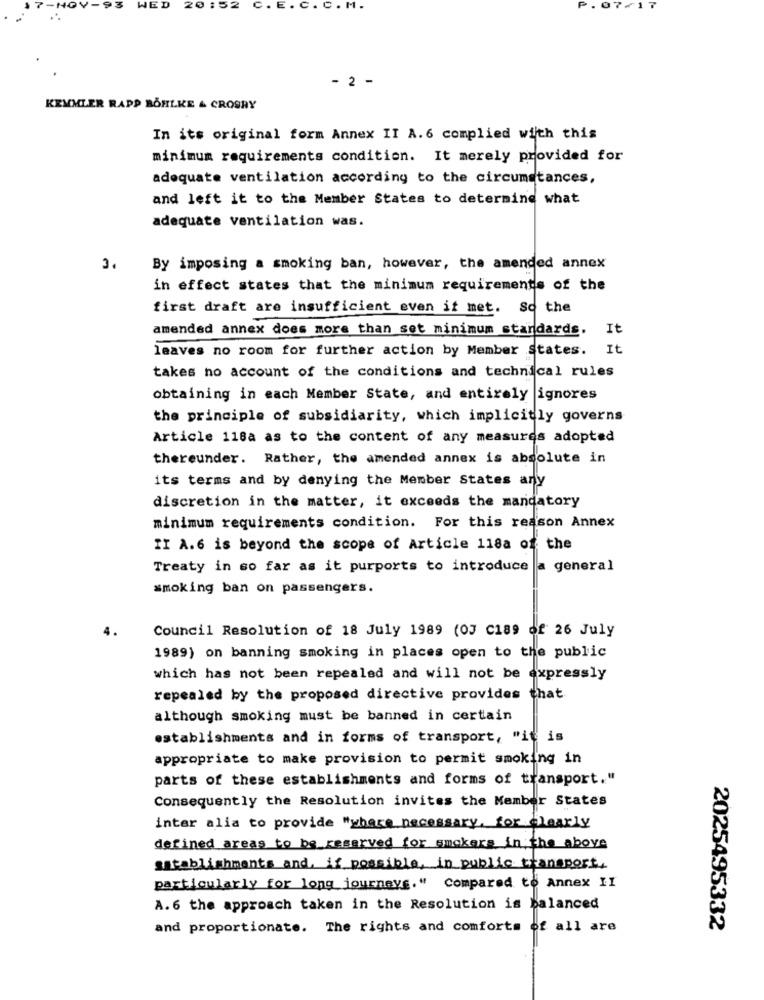
VED
0 :52
C. E
C. C . M .
077
- 2 -
KEMMLER RAPP BOHLKE & CROORY
In its original form Annex II A.6 complied with this
minimum requirements condition. It merely provided for
adequate ventilation according to the circumstances,
and left it to the Member States to determine what
adequate ventilation was.
3.
By imposing a smoking ban, however, the amended annex
in effect states that the minimum requirements of the
first draft are insufficient even it met. So the
amended annex does more than set minimum standards. It
leaves no room for further action by Member States. It
takes no account of the conditions and technical rules
obtaining in each Member State, and entirely ignores
the principle of subsidiarity, which implicitly governs
Article 118a as to the content of any measures adopted
thereunder. Rather, the amended annex is absolute in
its terms and by denying the Member States any
discretion in the matter, it exceeds the mandatory
minimum requirements condition. For this reason Annex
II A.6 is beyond the scope of Article 118a of the
Treaty in so far as it purports to introduce a general
smoking ban on passengers.
Council Resolution of 18 July 1989 (OJ C189 of 26 July
1989) on banning smoking in places open to the public
which has not been repealed and will not be expressly
repealed by the proposed directive provides that
although smoking must be banned in certain
establishments and in forms of transport, "it is
appropriate to make provision to permit smoking in
parts of these establishments and forms of transport."
Consequently the Resolution invites the Member States
inter alia to provide "where necessary, for clearly
defined areas to be reserved for smokers in the above
satablishments and, if possible, in public transport,
particularly for long journeys." Compared to Annex II
A. 6 the approach taken in the Resolution is balanced
and proportionate. The rights and comforts of all are
2025495332